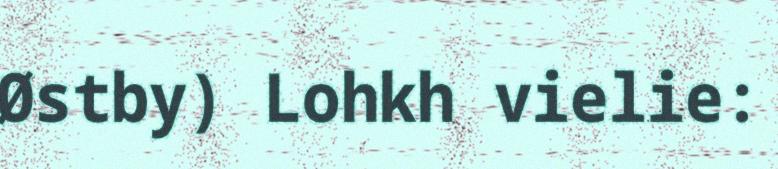
Østby) Lohkh vielie: